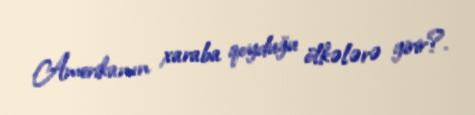
Amerikanın xaraba qoyduğu ölkələrə girir?.